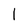
Character: l